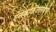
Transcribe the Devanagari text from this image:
एनकाऊंटरमध्ये